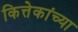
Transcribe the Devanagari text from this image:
कित्तेकांच्या